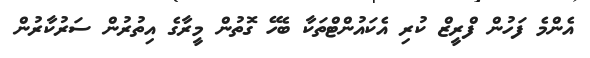
އެންމެ ފަހުން ފްރީޒް ކުރި އެކައުންޓްތަކާ ބެހޭ ގޮތުން މީރާގެ އިތުރުން ސަރުކާރުން